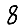
Digit: 8